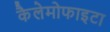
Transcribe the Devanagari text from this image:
कैलेमोफाइटा